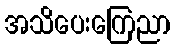
အသိပေးကြေညာ